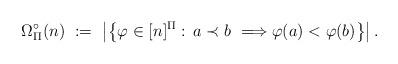
LaTeX: \begin{align*} \Omega_\Pi^\circ(n) \ := \ \left| \left\{ \varphi \in [n]^\Pi : \, a \prec b \ \Longrightarrow \varphi(a) < \varphi(b) \right\} \right| .\end{align*}